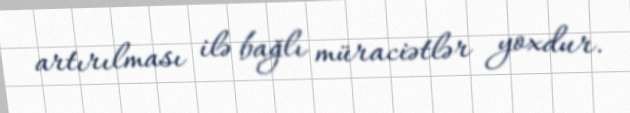
artırılması ilə bağlı müraciətlər yoxdur.